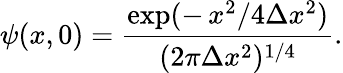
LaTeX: \psi(x,0)=\frac{\exp(-\, x^{2}/4\Delta x^{2})}{(2\pi\Delta x^{2})^{1/4}}.